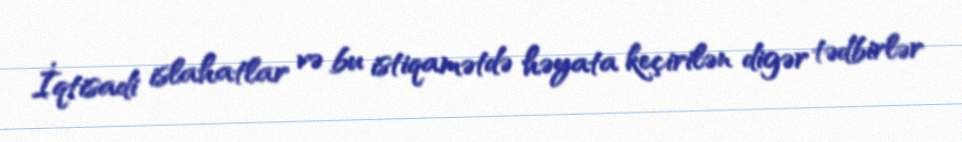
İqtisadi islahatlar və bu istiqamətdə həyata keçirilən digər tədbirlər